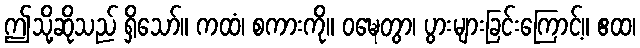
ဤသို့ဆိုသည် ရှိသော်။ ကထံ၊ စကားကို။ ဝဍ္ဎေတွာ၊ ပွားများခြင်းကြောင့်။ ဧထ၊